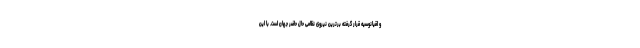
و اقیانوسیه قرار گرفته برترین نیروی نظامی حال حاضر جهان است. با این